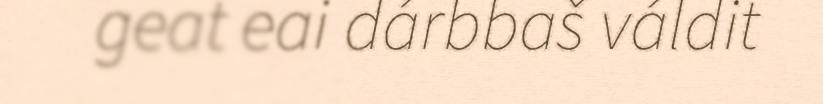
geat eai dárbbaš váldit